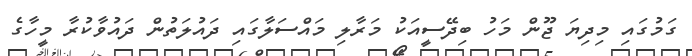
ގަމުގައި މިދިޔަ ޖޫން މަހު ބިދޭސީއަކު މަރާލި މައްސަލާގައި ދައުލަތުން ދައުވާކުރާ މީހާގެ